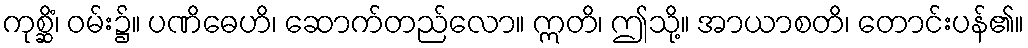
ကုစ္ဆိံ၊ ဝမ်း၌။ ပဏိဓေဟိ၊ ဆောက်တည်လော။ ဣတိ၊ ဤသို့။ အာယာစတိ၊ တောင်းပန်၏။